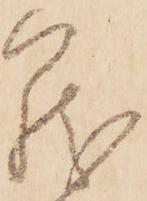
籠